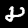
Digit: 8